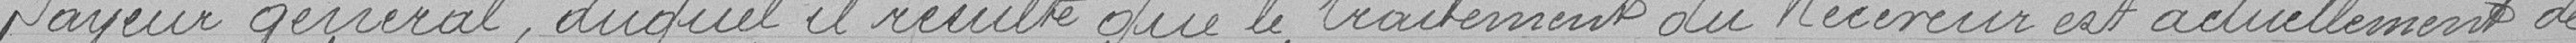
Payeur général, duquel il résulte que le traitement du Receveur est actuellement de